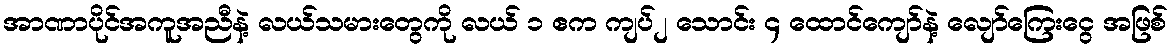
အာဏာပိုင်အကူအညီနဲ့ လယ်သမားတွေကို လယ် ၁ ဧက ကျပ်၂ သောင်း ၄ ထောင်ကျော်နဲ့ လျော်ကြေးငွေ အဖြစ်